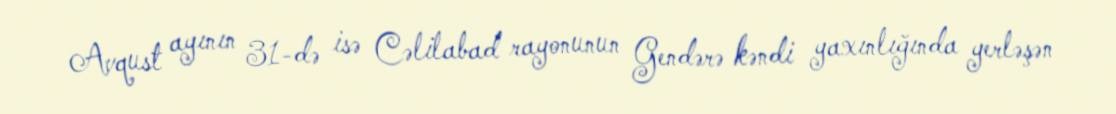
Avqust ayının 31-də isə Cəlilabad rayonunun Gendərə kəndi yaxınlığında yerləşən